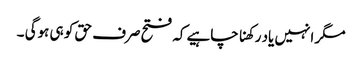
مگر انہیں یاد رکھناچاہیےکہ فتح صرف حق کو ہی ہوگی ۔